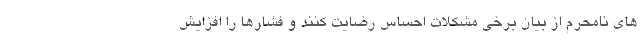
های نامحرم از بیان برخی مشکلات احساس رضایت کنند و فشارها را افزایش